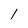
Character: 1